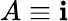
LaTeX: A\equiv\mathbf{i}